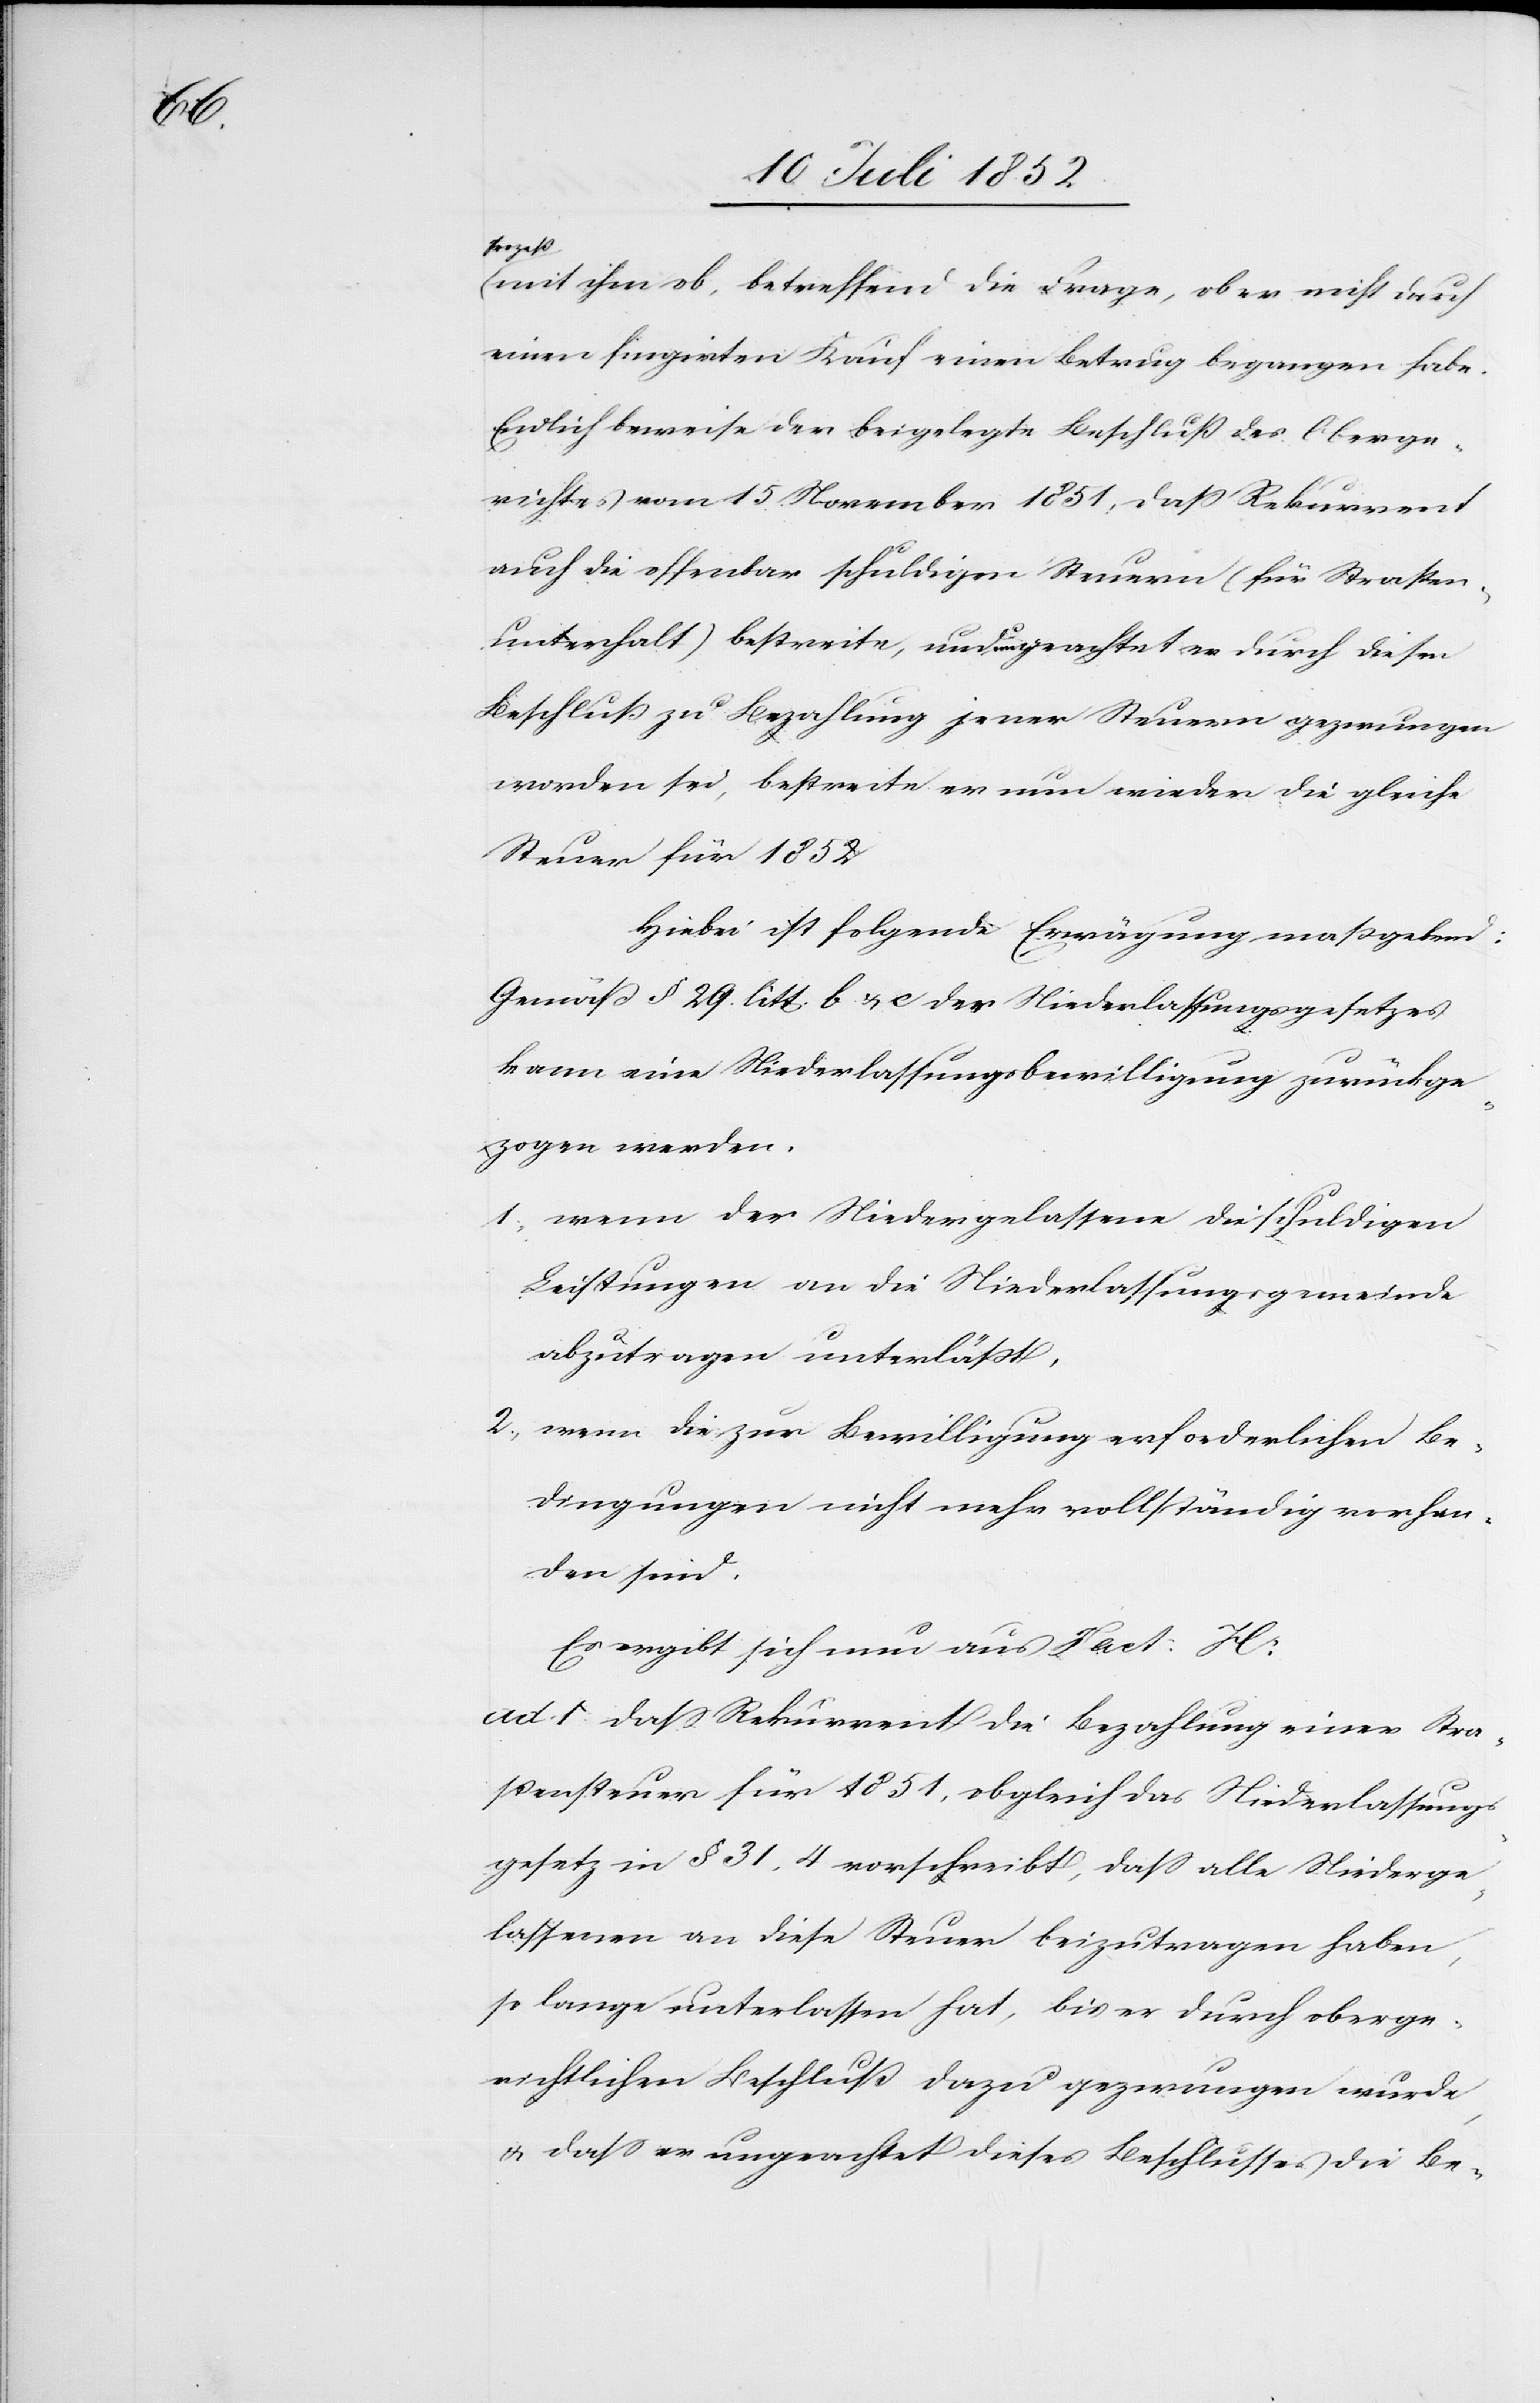
Prozeß
mit ihm ob, betreffend die Frage, ob er nicht durch
einen fingirten Kauf einen Betrug begangen habe.
Endlich beweise der beigelegte Beschluß des Oberge¬
richtes vom 15. November 1851, daß Rekurrent
auch die offenbar schuldigen Steuern (für Straßen¬
unterhalt) bestreite, und ungeachtet er durch diesen
Beschluß zu Bezahlung jener Steuern gezwungen
worden sei, bestreite er nun wieder die gleiche
Steuer für 1852
Hiebei ist folgende Erwägung maßgebend:
Gemäß § 29. litt. b & c des Niederlassungsgesetzes
kann eine Niederlassungsbewilligung zurückge¬
zogen werden:
wenn der Niedergelassene die schuldigen
Leistungen an die Niederlassungsgemeinde
abzutragen unterläßt,
wenn die zur Bewilligung erforderlichen Be¬
dingungen nicht mehr vollständig vorhan¬
den sind.
Es ergibt sich nun aus Fact: H:
ad. 1 dass Rekurrent die Bezahlung einer Stra¬
ßensteuer für 1851, obgleich das Niederlassungs¬
gesetz in § 31, 4 vorschreibt, dass alle Niederge¬
lassenen an diese Steuer beizutragen haben,
so lange unterlassen hat, bis er durch oberge¬
richtlichen Beschluß dazu gezwungen wurde,
& dass er ungeachtet dieses Beschlusses die Be-